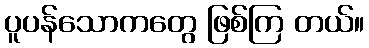
ပူပန်သောကတွေ ဖြစ်ကြ တယ်။